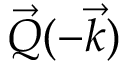
\vec { Q } ( - \vec { k } )